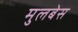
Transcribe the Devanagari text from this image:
मुलबेस